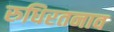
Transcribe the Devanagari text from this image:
रुधिरतनाव